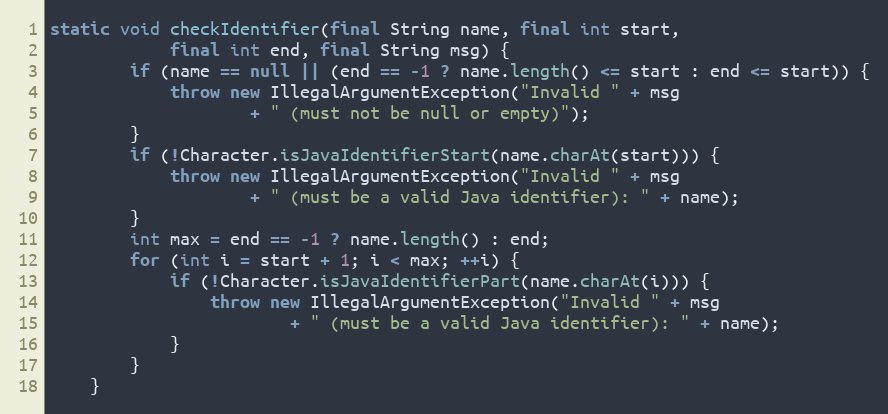
Language: Java
static void checkIdentifier(final String name, final int start,
            final int end, final String msg) {
        if (name == null || (end == -1 ? name.length() <= start : end <= start)) {
            throw new IllegalArgumentException("Invalid " + msg
                    + " (must not be null or empty)");
        }
        if (!Character.isJavaIdentifierStart(name.charAt(start))) {
            throw new IllegalArgumentException("Invalid " + msg
                    + " (must be a valid Java identifier): " + name);
        }
        int max = end == -1 ? name.length() : end;
        for (int i = start + 1; i < max; ++i) {
            if (!Character.isJavaIdentifierPart(name.charAt(i))) {
                throw new IllegalArgumentException("Invalid " + msg
                        + " (must be a valid Java identifier): " + name);
            }
        }
    }